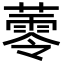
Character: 蕶